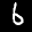
Label: 6